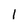
Character: 1